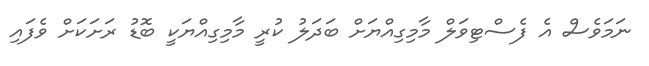
ނަމަވެސް އެ ފެސްޓިވަލް މާމިގިއްޔަށް ބަދަލު ކުރީ މާމިގިއްޔަކީ ބޮޑު ރަށަކަށް ވެފައި